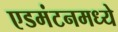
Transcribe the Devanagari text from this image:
एडमंटनमध्ये